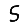
Digit: 5